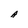
Character: A